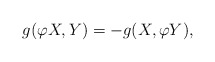
\begin{align*}g(\varphi X,Y)=-g(X,\varphi Y),\end{align*}